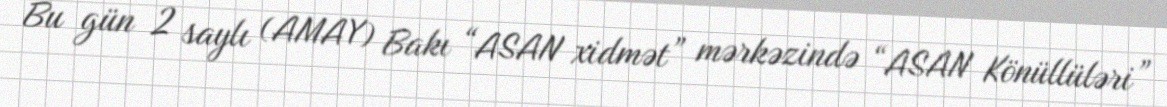
Bu gün 2 saylı (AMAY) Bakı “ASAN xidmət” mərkəzində “ASAN Könüllüləri”